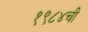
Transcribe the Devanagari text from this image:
१९८४ची